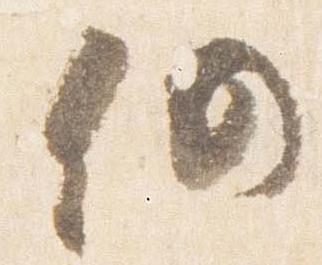
仍